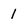
Character: 1